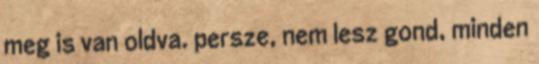
meg is van oldva. persze, nem lesz gond, minden